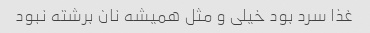
غذا سرد بود خیلی و مثل همیشه نان برشته نبود